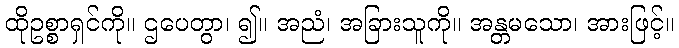
ထိုဥစ္စာရှင်ကို။ ဌပေတွာ၊ ၍။ အညံ၊ အခြားသူကို။ အန္တမသော၊ အားဖြင့်။